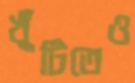
খুঁটিতেও